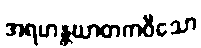
အရဟန္တဃာတကဝီသော